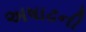
અષાઢની